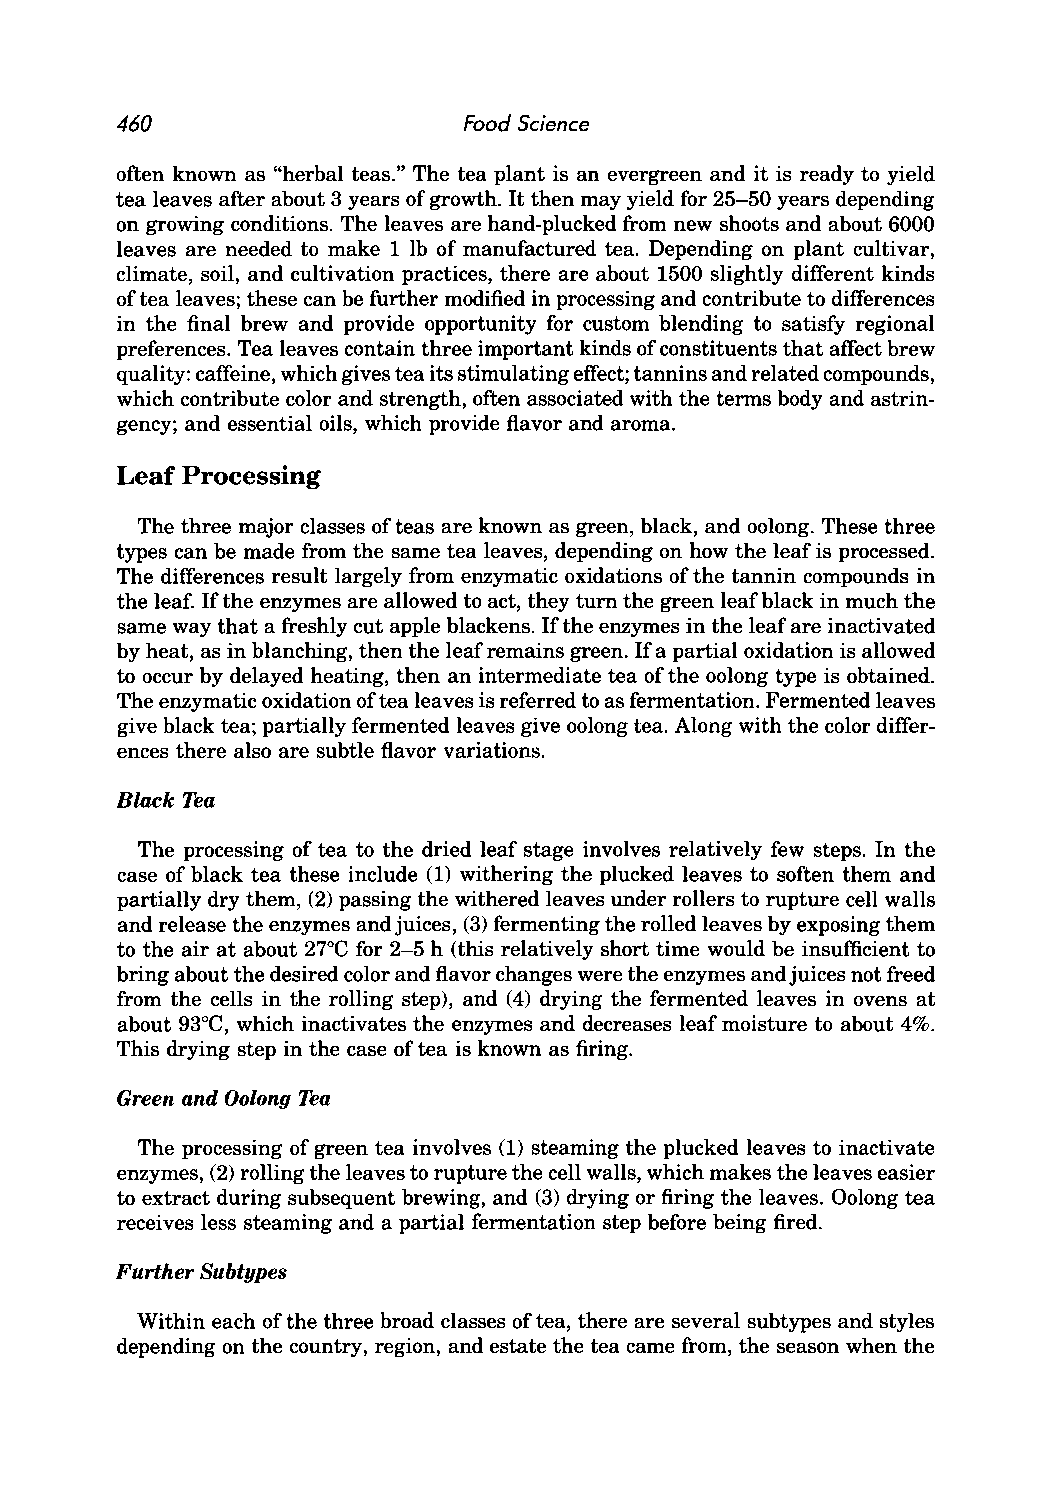
460                    Food Science
 often known as "herbal teas." The tea plant is an evergreen and it is ready to yield
 tea leaves after about 3 years of growth. It then may yield for 25-50 years depending
 on growing conditions. The leaves are hand-plucked from new shoots and about 6000
 leaves are needed to make 1 lb of manufactured tea. Depending on plant cultivar,
 climate, soil, and cultivation practices, there are about 1500 slightly different kinds
 of tea leaves; these can be further modified in processing and contribute to differences
 in the final brew and provide opportunity for custom blending to satisfy regional
 preferences. Tea leaves contain three important kinds of constituents that affect brew
 quality: caffeine, which gives tea its stimulating effect; tannins and related compounds,
 which contribute color and strength, often associated with the terms body and astrin
 gency; and essential oils, which provide flavor and aroma.
 Leaf Processing
 The three major classes of teas are known as green, black, and oolong. These three
 types can be made from the same tea leaves, depending on how the leaf is processed.
 The differences result largely from enzymatic oxidations of the tannin compounds in
 the leaf. If the enzymes are allowed to act, they turn the green leaf black in much the
 same way that a freshly cut apple blackens. If the enzymes in the leaf are inactivated
 by heat, as in blanching, then the leaf remains green. If a partial oxidation is allowed
 to occur by delayed heating, then an intermediate tea of the oolong type is obtained.
 The enzymatic oxidation of tea leaves is referred to as fermentation. Fermented leaves
 give black tea; partially fermented leaves give oolong tea. Along with the color differ
 ences there also are subtle flavor variations.
 Black Tea
 The processing of tea to the dried leaf stage involves relatively few steps. In the
 case of black tea these include (1) withering the plucked leaves to soften them and
 partially dry them, (2) passing the withered leaves under rollers to rupture cell walls
 and release the enzymes and juices, (3) fermenting the rolled leaves by exposing them
 to the air at about 27°C for 2-5 h (this relatively short time would be insufficient to
 bring about the desired color and flavor changes were the enzymes and juices not freed
 from the cells in the rolling step), and (4) drying the fermented leaves in ovens at
 about 93°C, which inactivates the enzymes and decreases leaf moisture to about 4%.
 This drying step in the case of tea is known as firing.
 Green and Oolong Tea
 The processing of green tea involves (1) steaming the plucked leaves to inactivate
 enzymes, (2) rolling the leaves to rupture the cell walls, which makes the leaves easier
 to extract during subsequent brewing, and (3) drying or firing the leaves. Oolong tea
 receives less steaming and a partial fermentation step before being fired.
 Further Subtypes
 Within each of the three broad classes of tea, there are several subtypes and styles
 depending on the country, region, and estate the tea came from, the season when the